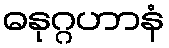
ဓနုဂ္ဂဟာနံ